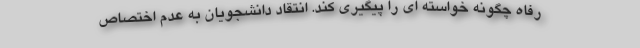
رفاه چگونه خواسته ای را پیگیری کند. انتقاد دانشجویان به عدم اختصاص